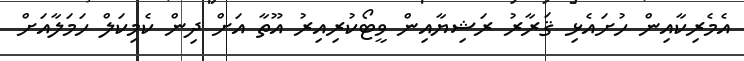
އެމެރިކާއިން ހުށައެޅި ޤަރާރު ރަޝިޔާއިން ވީޓޯކުރިއިރު އޫތާ އަށް ދިން ކެމިކަލް ހަމަލާއަށް